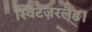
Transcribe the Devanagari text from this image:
स्विटज़रलैंड।